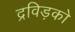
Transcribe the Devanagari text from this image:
द्रविड़को